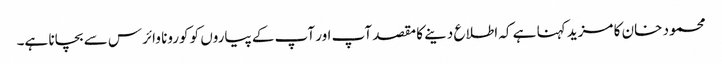
محمود خان کا مزید کہنا ہے کہ اطلاع دینے کا مقصد آپ اور آپ کے پیاروں کو کورونا وائرس سے بچانا ہے۔